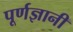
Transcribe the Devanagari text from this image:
पूर्णज्ञानी